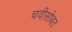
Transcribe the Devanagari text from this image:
चवीसोबत